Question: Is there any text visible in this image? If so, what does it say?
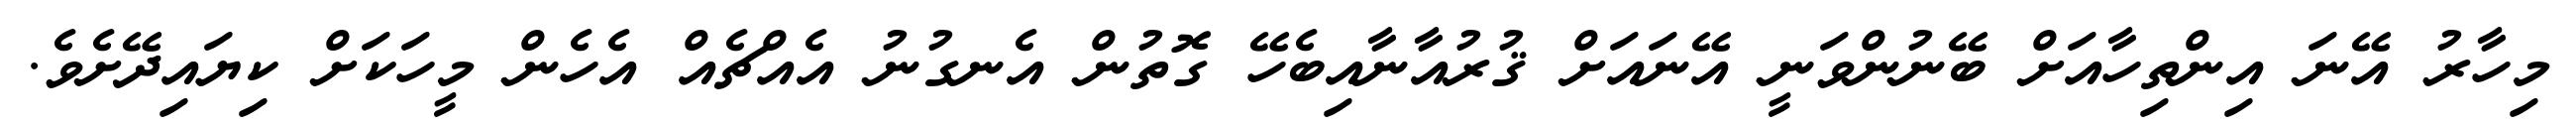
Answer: މިހާރު އޭނަ އިންތިހާއަށް ބޭނުންވަނީ އޭނައަށް ޤުރުއާނާއިބެހޭ ގޮތުން އެނގުނު އެއްޗެއް އެހެން މީހަކަށް ކިޔައިދޭށެވެ.